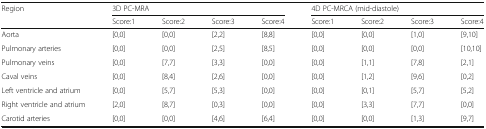
| <ROWSPAN=2> Region | <COLSPAN=4> 3D PC-MRA | <COLSPAN=4> 4D PC-MRCA (mid-diastole) |
 | Score:1 | Score:2 | Score:3 | Score:4 | Score:1 | Score:2 | Score:3 | Score:4 |
 | --- | --- | --- | --- | --- | --- | --- | --- | --- |
 | Aorta | [0,0] | [0,0] | [2,2] | [8,8] | [0,0] | [0,0] | [1,0] | [9,10] |
 | Pulmonary arteries | [0,0] | [0,0] | [2,5] | [8,5] | [0,0] | [0,0] | [0,0] | [10,10] |
 | Pulmonary veins | [0,0] | [7,7] | [3,3] | [0,0] | [0,0] | [1,1] | [7,8] | [2,1] |
 | Caval veins | [0,0] | [8,4] | [2,6] | [0,0] | [0,0] | [1,2] | [9,6] | [0,2] |
 | Left ventricle and atrium | [0,0] | [5,7] | [5,3] | [0,0] | [0,0] | [0,1] | [5,7] | [5,2] |
 | Right ventricle and atrium | [2,0] | [8,7] | [0,3] | [0,0] | [0,0] | [3,3] | [7,7] | [0,0] |
 | Carotid arteries | [0,0] | [0,0] | [4,6] | [6,4] | [0,0] | [0,0] | [1,3] | [9,7] |